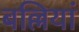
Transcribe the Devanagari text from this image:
बल्लियां